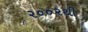
૨૦૦૨થી